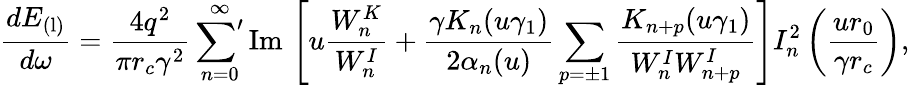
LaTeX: \frac{dE_{\mathrm{(l)}}}{d\omega}=\frac{4q^{2}}{\pi r_{c}\gamma^{2}}\sideset{}{'}{\sum}_{n=0}^{\infty}\mathrm{Im}\, \left[u\frac{W_{n}^{K}}{W_{n}^{I}}+\frac{\gamma K_{n}(u\gamma_{1})}{2\alpha_{n}(u)}\sum_{p=\pm 1}\frac{K_{n+p}(u\gamma_{1})}{W_{n}^{I}W_{n+p}^{I}}\right]I_{n}^{2}\left(\frac{ur_{0}}{\gamma r_{c}}\right),